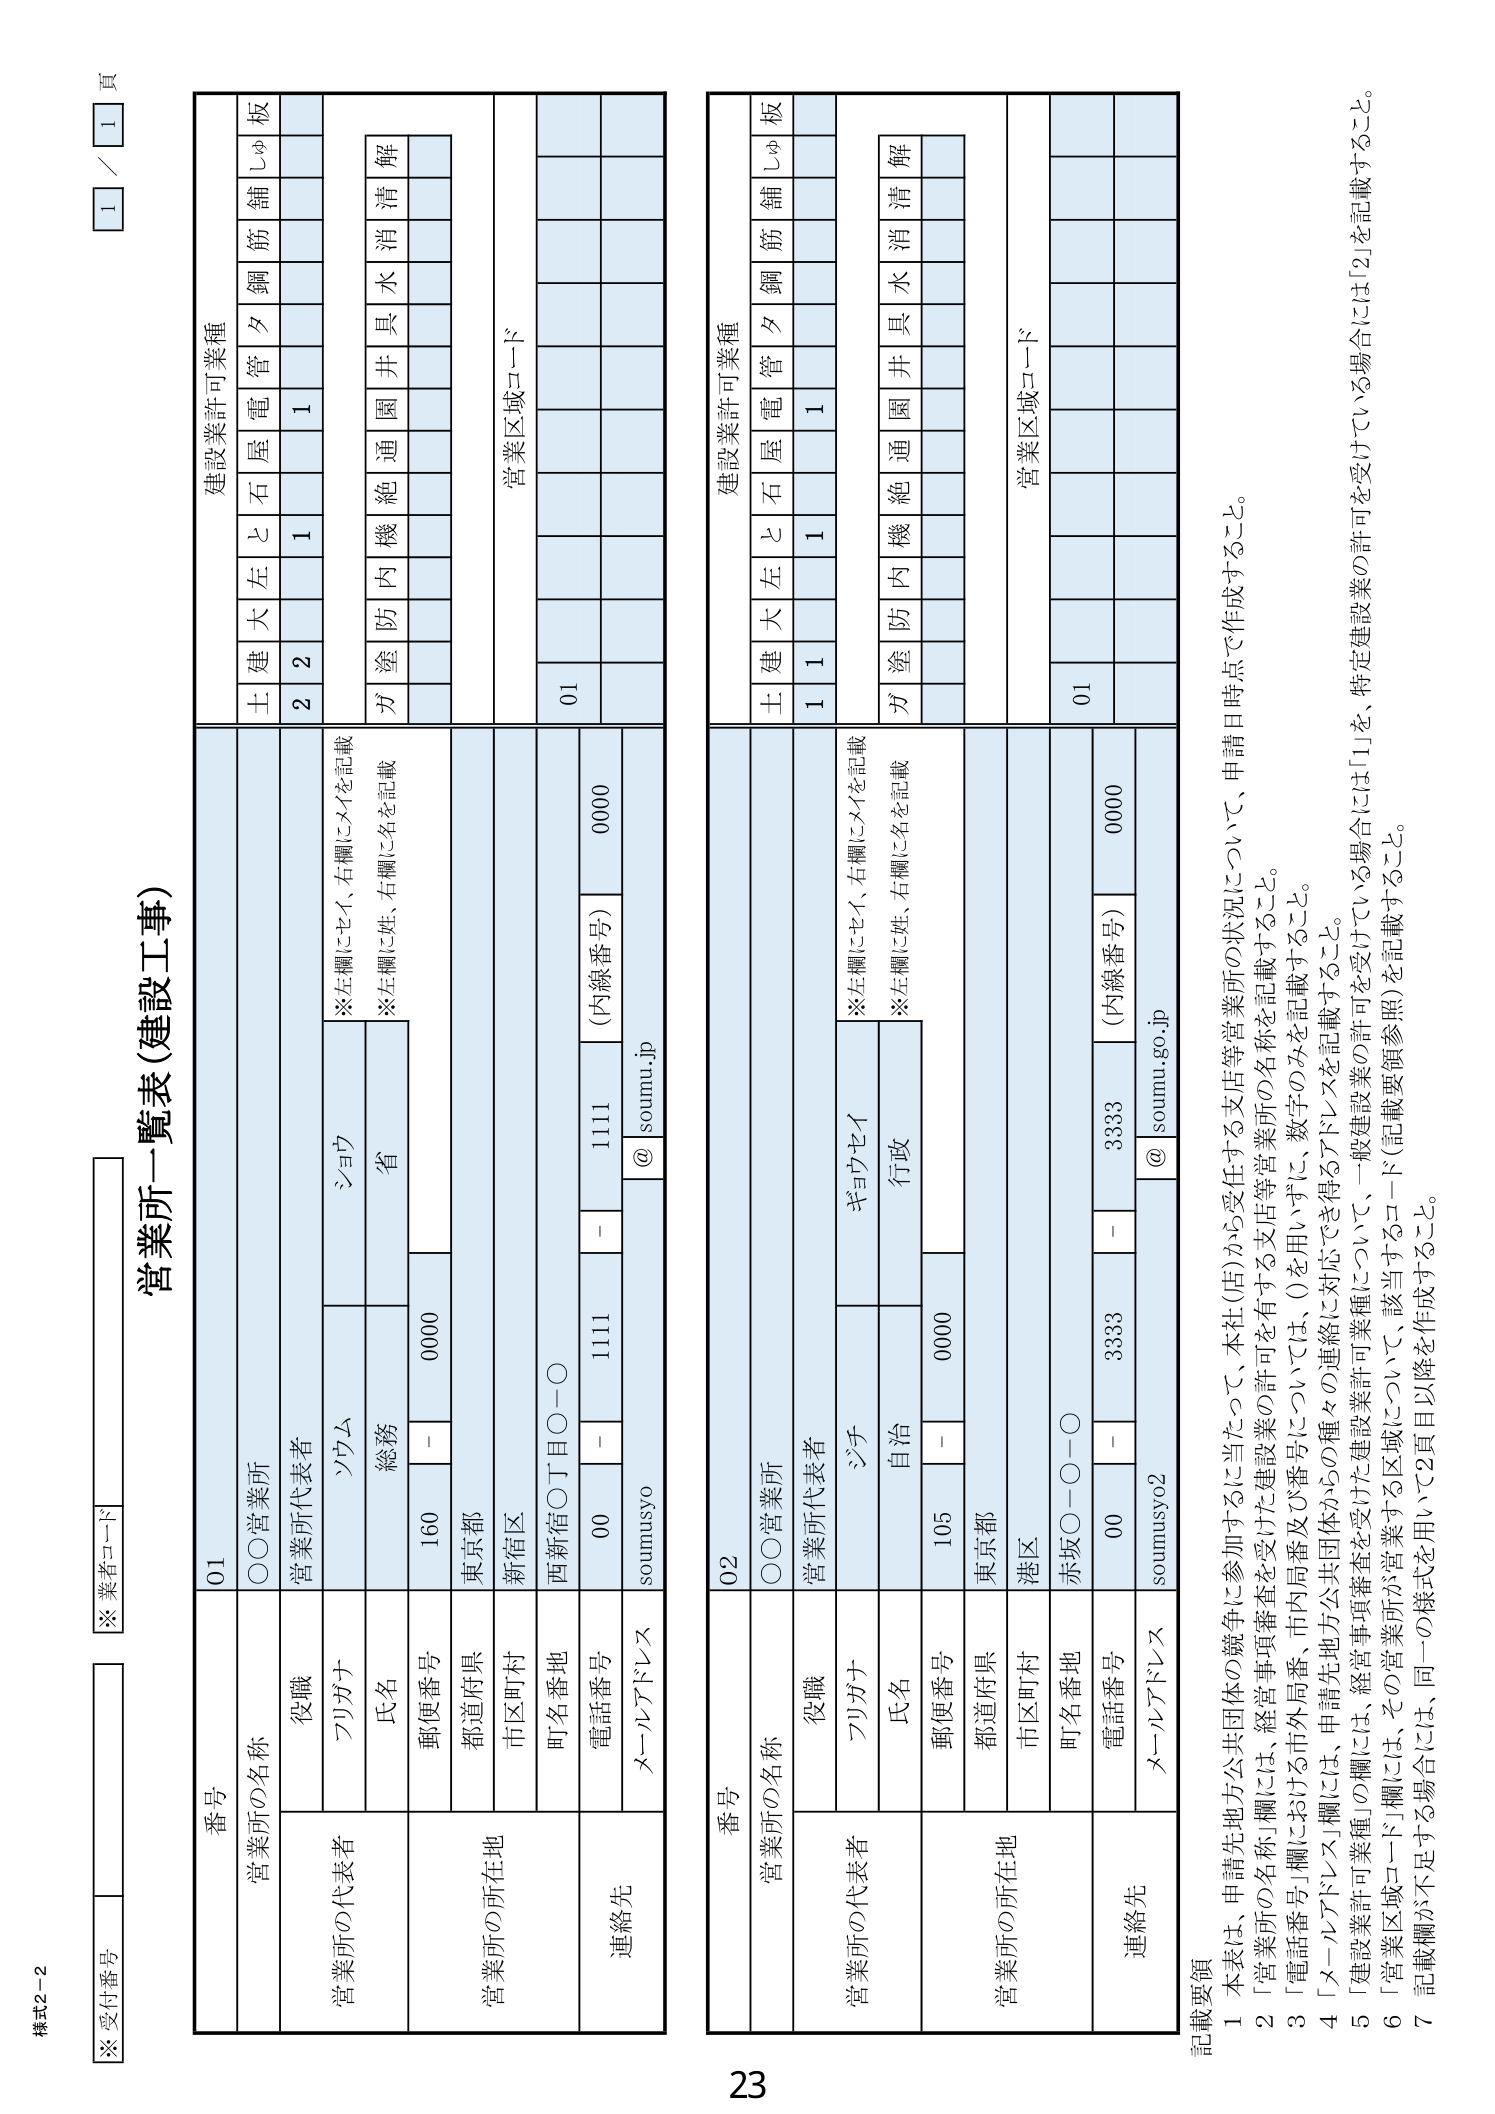
様式2-2
※受付番号
※業者コード

営業所一覧表（建設工事）

1 / 1 頁

番号  営業所の名称  役職  営業所代表者  営業所の所在地  連絡先
01  ○○営業所  フリガナ  ソウム  総務  郵便番号  160 - 0000  都道府県  東京都  市区町村  新宿区  町名番地  西新宿〇丁目〇－〇  電話番号  00 - 1111 - 0000  メールアドレス  soumusyo @ soumu.go.jp
建設業許可業種
土  建  大  左  と  石  屋  電  管  夕  鋼  筋  鋪  しゅ  板
2  2  1  1
方  塗  防  内  機  絶  通  園  井  具  水  消  清  解
営業区域コード
01

番号  営業所の名称  役職  営業所代表者  営業所の所在地  連絡先
02  ○○営業所  フリガナ  ジチ  自治  郵便番号  105 - 0000  都道府県  東京都  市区町村  港区  町名番地  赤坂〇－〇－〇  電話番号  00 - 3333 - 0000  メールアドレス  soumusyo2 @ soumu.go.jp
建設業許可業種
土  建  大  左  と  石  屋  電  管  夕  鋼  筋  鋪  しゅ  板
1  1  1
方  塗  防  内  機  絶  通  園  井  具  水  消  清  解
営業区域コード
01

記載要領
1 本表は、申請先地方公共団体の競争に参加するに当たって、本社（店）から受任する支店等営業所の状況について、申請日時点で作成すること。
2 「営業所の名称」欄には、経営事項審査を受けた建設業の許可を有する支店等営業所の名称を記載すること。
3 「電話番号」欄における市外局番、市内局番及び番号については、()を用いずに、数字のみを記載すること。
4 「メールアドレス」欄には、申請先地方公共団体からの種々の連絡に対応でき得るアドレスを記載すること。
5 「建設業許可業種」欄には、経営事項審査を受けた建設業許可業種について、一般建設業の許可を受けている場合には「1」を、特定建設業の許可を受けている場合には「2」を記載すること。
6 「営業区域コード」欄には、その営業所が営業する区域について、該当するコード（記載要領参照）を記載すること。
7 記載欄が不足する場合には、同一の様式を用いて2頁目以降を作成すること。

23